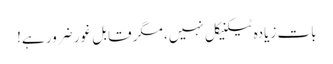
بات زیادہ ٹیکنیکل نہیں، مگر قابل غور ضرور ہے!